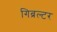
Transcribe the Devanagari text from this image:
गिब्रल्टर